Indian journal of veterinary science and animal husbandry - Volumes 22-23, 1952-1953
Year: 1952
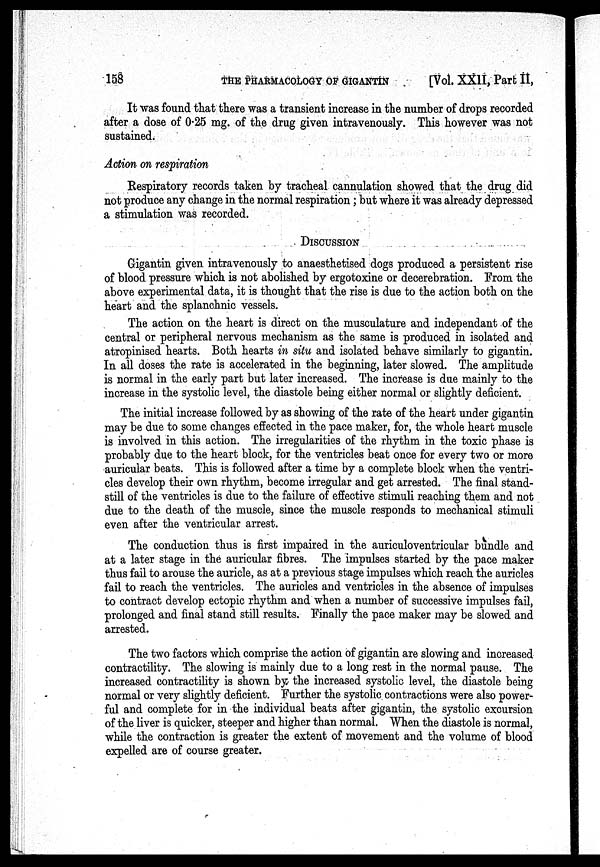
158
THE PHARMACOLOGY OF GIGANTIN [Vol. XXII, Part II,
It was found that there was a transient increase in the number of drops recorded
after a dose of 0.25 mg. of the drug given intravenously. This however was not
sustained.
Action on respiration
Respiratory records taken by tracheal cannulation showed that the drug did
not produce any change in the normal respiration; but where it was already depressed
a stimulation was recorded.
DISCUSSION
Gigantin given intravenously to anaesthetised dogs produced a persistent rise
of blood pressure which is not abolished by ergotoxine or decerebration. From the
above experimental data, it is thought that the rise is due to the action both on the
heart and the splanchnic vessels.
The action on the heart is direct on the musculature and independant of the
central or peripheral nervous mechanism as the same is produced in isolated and
atropinised hearts. Both hearts in situ and isolated behave similarly to gigantin.
In all doses the rate is accelerated in the beginning, later slowed. The amplitude
is normal in the early part but later increased. The increase is due mainly to the
increase in the systolic level, the diastole being either normal or slightly deficient.
The initial increase followed by as showing of the rate of the heart under gigantin
may be due to some changes effected in the pace maker, for, the whole heart muscle
is involved in this action. The irregularities of the rhythm in the toxic phase is
probably due to the heart block, for the ventricles beat once for every two or more
auricular beats. This is followed after a time by a complete block when the ventri-
cles develop their own rhythm, become irregular and get arrested. The final stand-
still of the ventricles is due to the failure of effective stimuli reaching them and not
due to the death of the muscle, since the muscle responds to mechanical stimuli
even after the ventricular arrest.
The conduction thus is first impaired in the auriculoventricular bundle and
at a later stage in the auricular fibres. The impulses started by the pace maker
thus fail to arouse the auricle, as at a previous stage impulses which reach the auricles
fail to reach the ventricles. The auricles and ventricles in the absence of impulses
to contract develop ectopic rhythm and when a number of successive impulses fail,
prolonged and final stand still results. Finally the pace maker may be slowed and
arrested.
The two factors which comprise the action of gigantin are slowing and increased
contractility. The slowing is mainly due to a long rest in the normal pause. The
increased contractility is shown by the increased systolic level, the diastole being
normal or very slightly deficient. Further the systolic contractions were also power-
ful and complete for in the individual beats after gigantin, the systolic excursion
of the liver is quicker, steeper and higher than normal. When the diastole is normal,
while the contraction is greater the extent of movement and the volume of blood
expelled are of course greater.